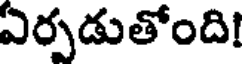
ఏర్పడుతోంది!